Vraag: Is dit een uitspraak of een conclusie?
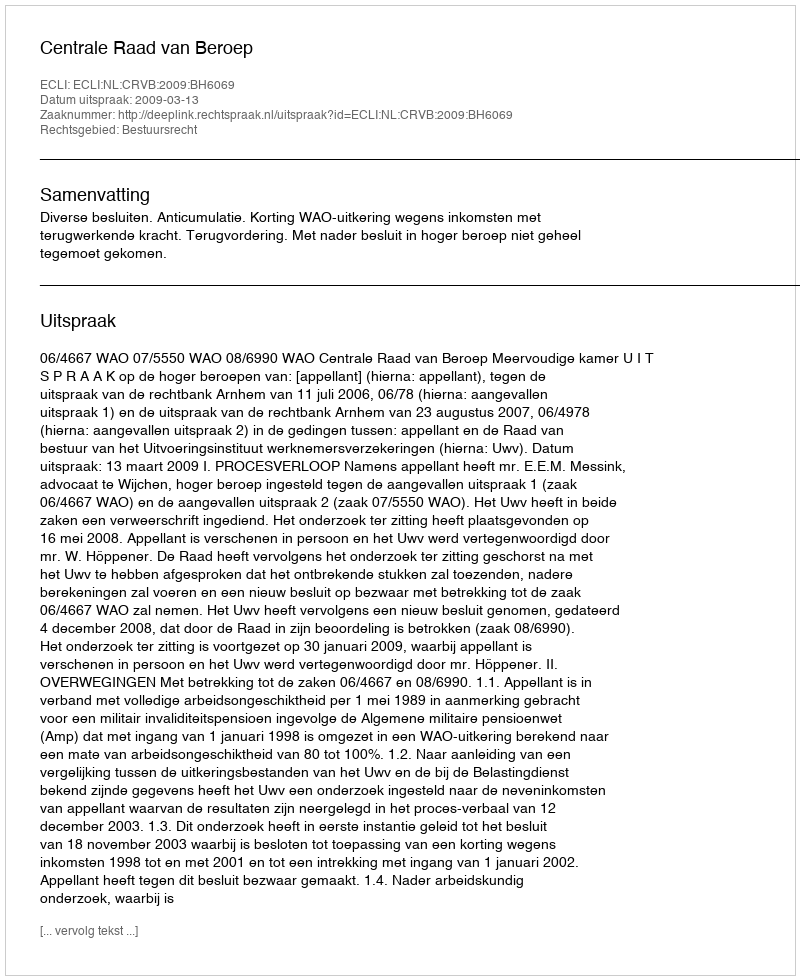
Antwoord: Uitspraak